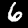
Label: 6